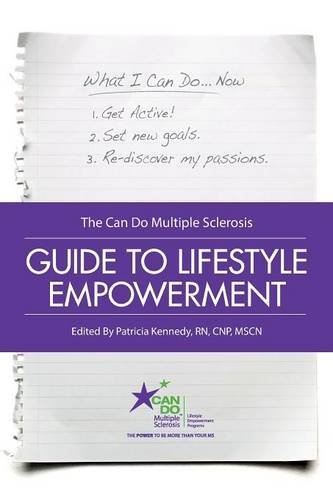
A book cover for The Can Do Multiple Sclerosis Guide to Lifestyle Empowerment; Patricia Kennedy RN  CNP  MSCN; Health, Fitness & Dieting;